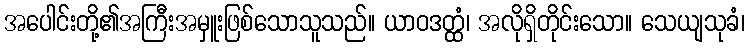
အပေါင်းတို့၏အကြီးအမှူးဖြစ်သောသူသည်။ ယာဝဒတ္ထံ၊ အလိုရှိတိုင်းသော။ သေယျသုခံ၊